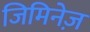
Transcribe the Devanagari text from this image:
जिमिनेज़